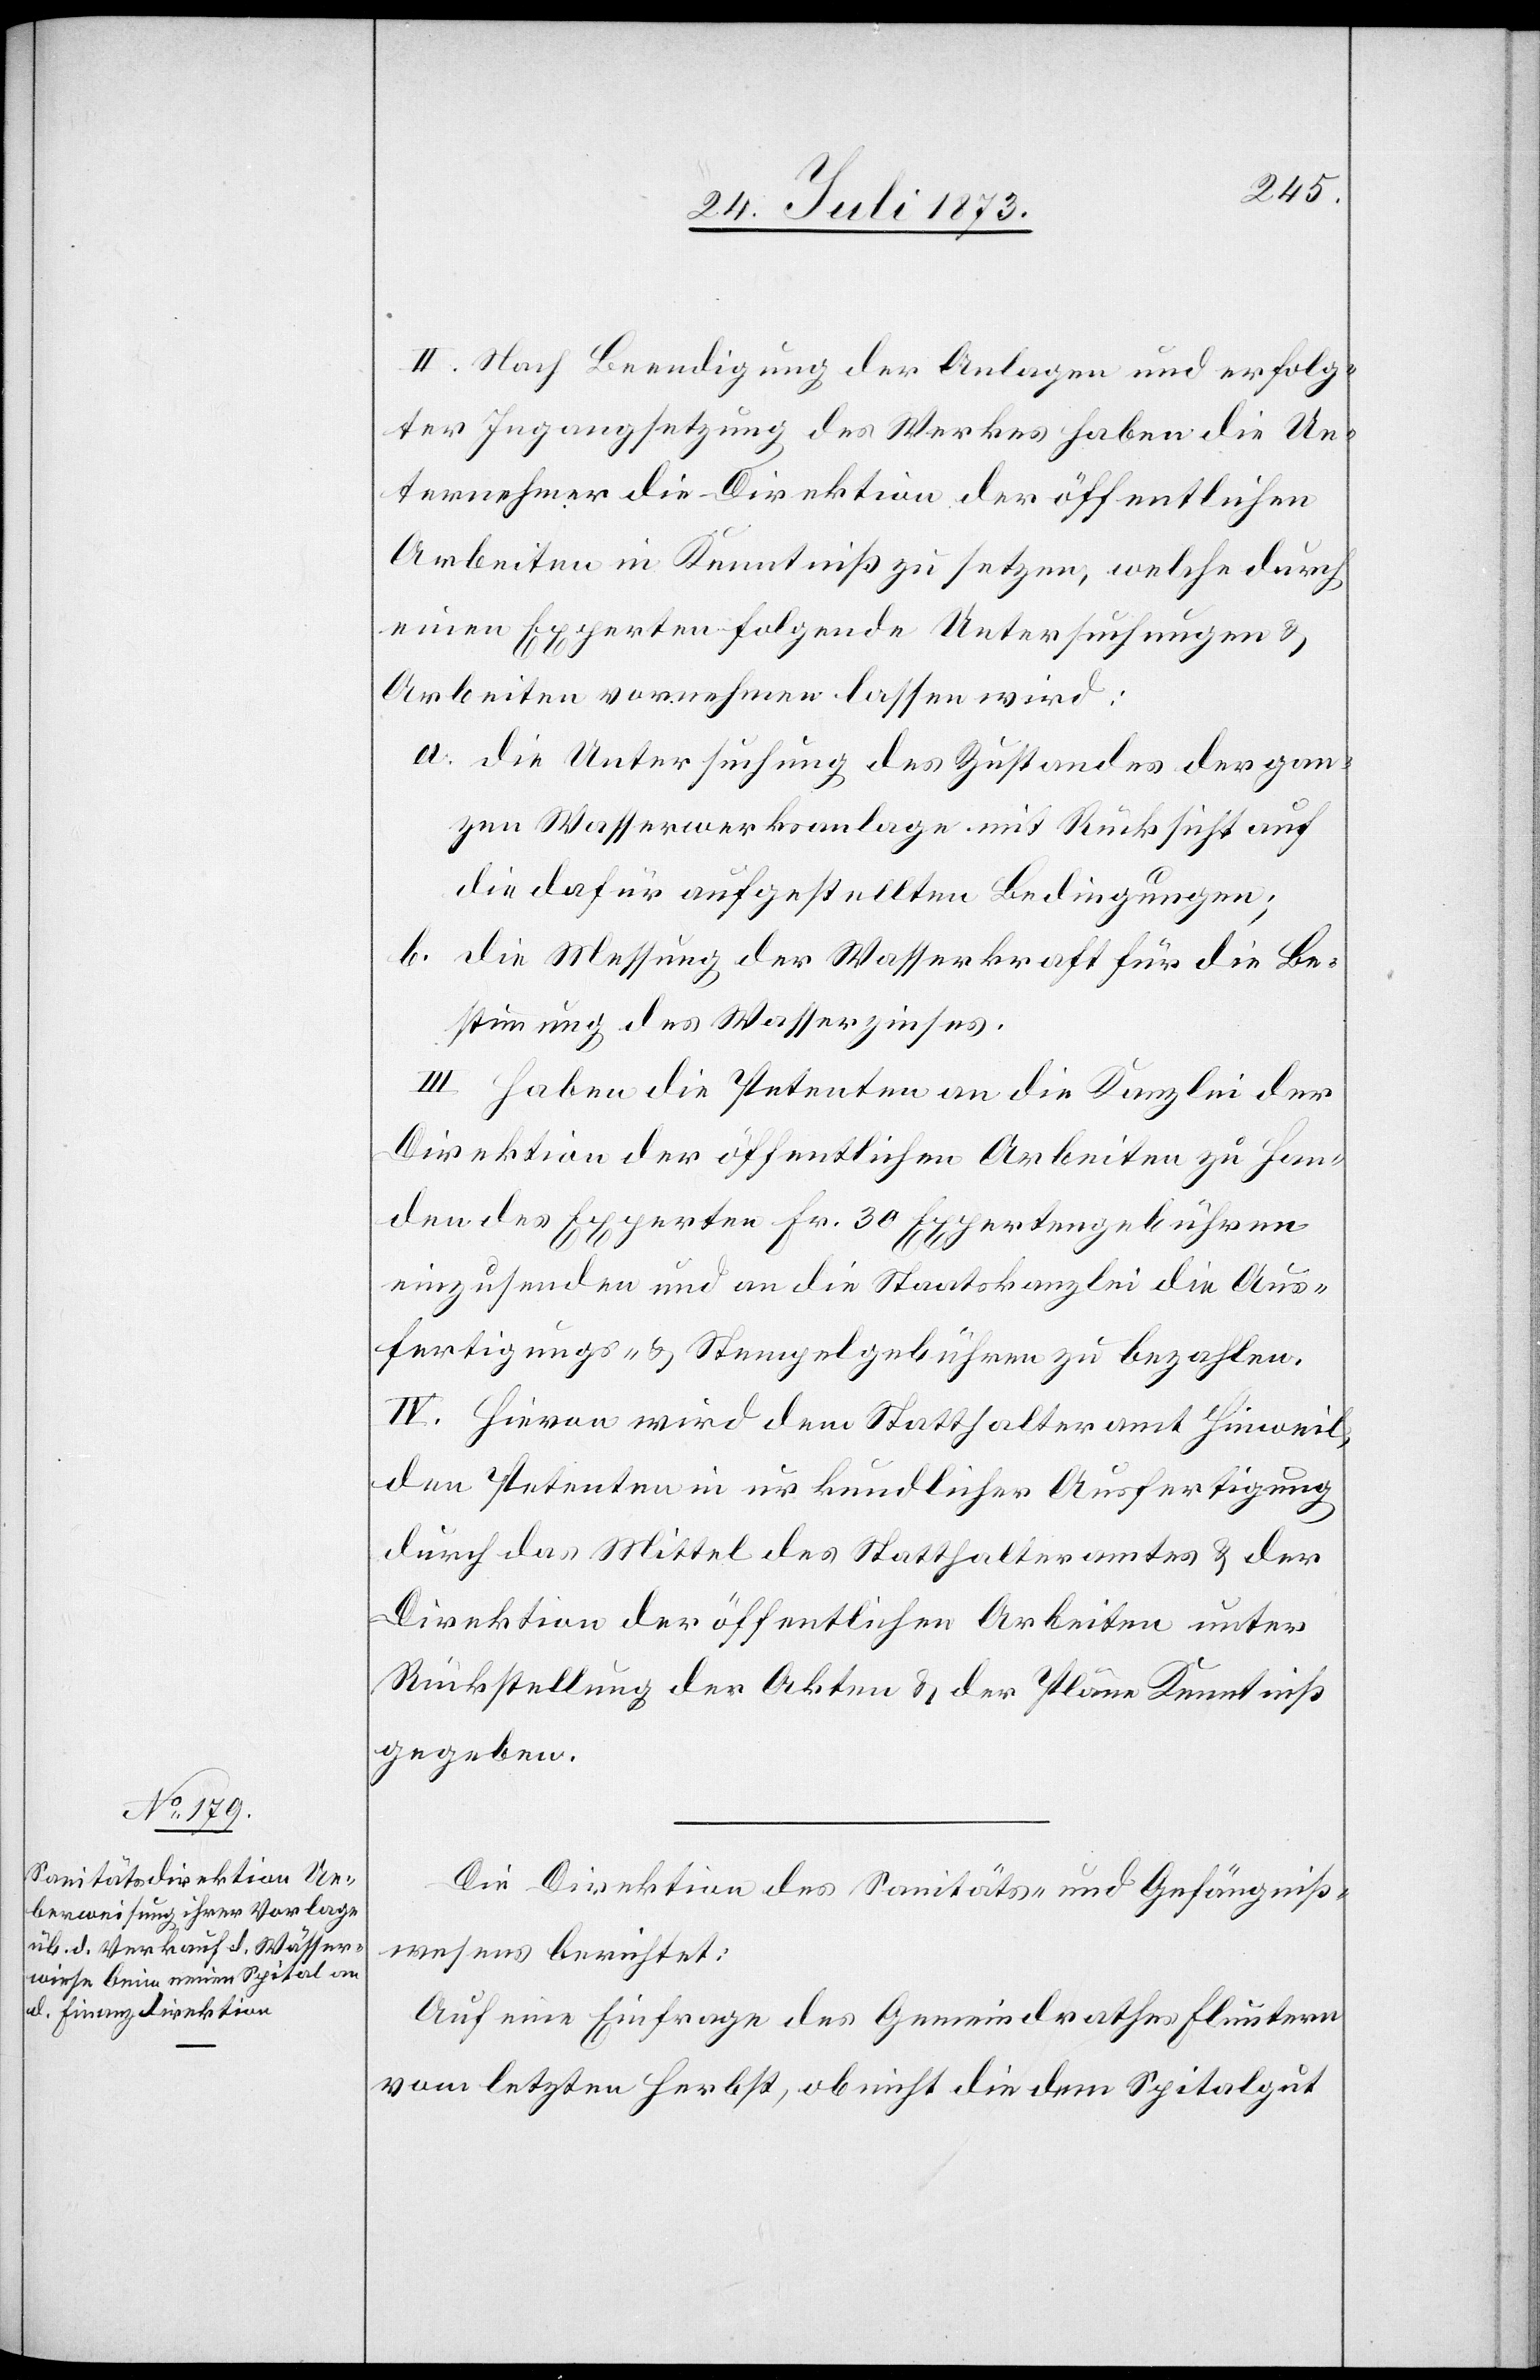
II. Nach Beendigung der Anlagen und erfolg¬
ter Ingangsetzung des Werkes haben die Un¬
ternehmer die Direktion der öffentlichen
Arbeiten in Kenntniß zu setzen, welche durch
einen Experten folgende Untersuchungen &
Arbeiten vornehmen lassen wird:
a. die Untersuchung des Zustandes der gan¬
zen Wasserwerksanlage mit Rücksicht auf
die dafür aufgestellten Bedingungen;
b. die Messung der Wasserkraft für die Be¬
stimmung des Wasserzinses.
III. Haben die Petenten an die Kanzlei der
Direktion der öffentlichen Arbeiten zu Han¬
den des Experten Fr. 30 Expertengebühren
einzusenden und an die Staatskanzlei die Aus¬
fertigungs- & Stempelgebühren zu bezahlen.
IV. Hievon wird dem Statthalteramt Hinweil,
den Petenten in urkundlicher Ausfertigung
durch das Mittel des Statthalteramtes & der
Direktion der öffentlichen Arbeiten unter
Rückstellung der Akten & der Pläne Kenntniß
gegeben.
Die Direktion des Sanitäts- und Gefängniß¬
wesens berichtet:
Auf eine Einfrage des Gemeindrathes Fluntern
vom letzten Herbst, ob nicht die dem Spitalgut